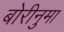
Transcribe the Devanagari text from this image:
बोरीनुमा